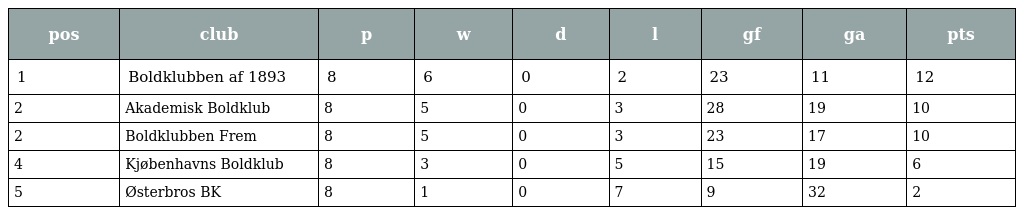
| pos | club | p | w | d | l | gf | ga | pts |
 | --- | --- | --- | --- | --- | --- | --- | --- | --- |
 | 1 | Boldklubben af 1893 | 8 | 6 | 0 | 2 | 23 | 11 | 12 |
 | 2 | Akademisk Boldklub | 8 | 5 | 0 | 3 | 28 | 19 | 10 |
 | 2 | Boldklubben Frem | 8 | 5 | 0 | 3 | 23 | 17 | 10 |
 | 4 | Kjøbenhavns Boldklub | 8 | 3 | 0 | 5 | 15 | 19 | 6 |
 | 5 | Østerbros BK | 8 | 1 | 0 | 7 | 9 | 32 | 2 |